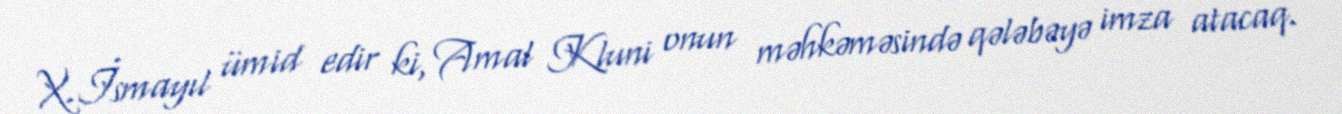
X.İsmayıl ümid edir ki, Amal Kluni onun məhkəməsində qələbəyə imza atacaq.